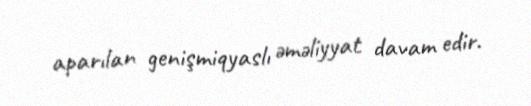
aparılan genişmiqyaslı əməliyyat davam edir.